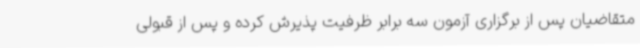
متقاضیان پس از برگزاری آزمون سه برابر ظرفیت پذیرش کرده و پس از قبولی